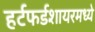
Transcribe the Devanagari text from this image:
हर्टफर्डशायरमध्ये